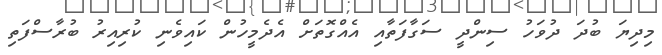
މިދިޔަ ބުދަ ދުވަހު ސިންދީ ސަގާފަތާއި އެއްގޮތަށް އެދެމީހުން ކައިވެނި ކުރިއިރު ބުރާސްފަތި